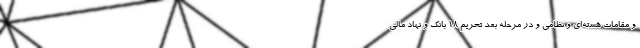
و مقامات هسته‌ای و نظامی و در مرحله بعد تحریم ۱۸ بانک و نهاد مالی